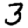
Digit: 3